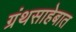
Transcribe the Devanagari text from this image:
ग्रंथसाहेबात